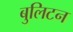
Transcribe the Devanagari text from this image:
बुलिटन